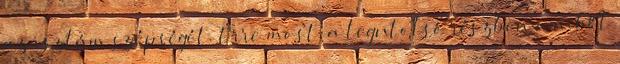
az iszlám szépségét. Erre most, a legutolsó részben amiből